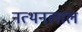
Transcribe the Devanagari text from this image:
नत्थनलाल